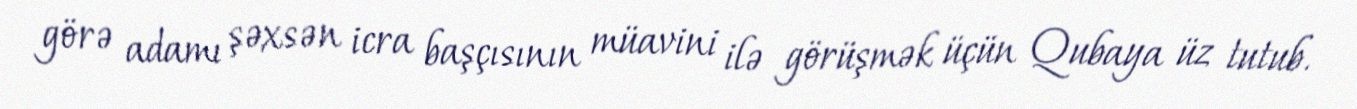
görə adamı şəxsən icra başçısının müavini ilə görüşmək üçün Qubaya üz tutub.